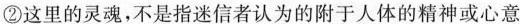
②这里的灵魂，不是指迷信者认为的附于人体的精神或心意